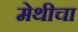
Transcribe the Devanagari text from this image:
मेथीचा